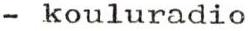
- kouluradio